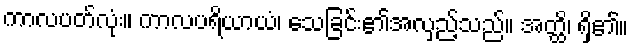
ကာလပတ်လုံး။ ကာလပရိယာယံ၊ သေခြင်း၏အလှည့်သည်။ အတ္ထိ၊ ရှိ၏။